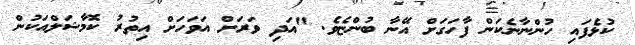
ކުޅެފައި ހުންނާނެކަން ފާހަގަށް އޭނާ ބުންޏެވެ. "އަދި ވަރަށް އަވަހަށް އިތުރު ކޮމާޝަލްއަކުން